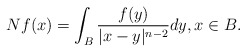
\begin{align*} N f(x) = \int_B \frac{f(y)}{|x-y|^{n-2}} dy, x \in B. \end{align*}